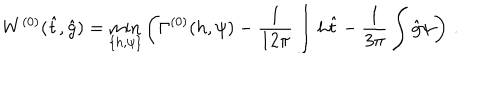
W ^ { ( 0 ) } ( \hat { t } , \hat { g } ) = \min _ { \{ h , \psi \} } \left( \Gamma ^ { ( 0 ) } ( h , \psi ) - \frac { 1 } { 1 2 \pi } \int h \hat { t } - \frac { 1 } { 3 \pi } \int \hat { g } \psi \right) \, .